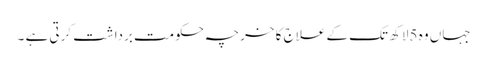
جہاں وہ 5لاکھ تک کے علاج کا خرچہ حکومت برداشت کرتی ہے ۔